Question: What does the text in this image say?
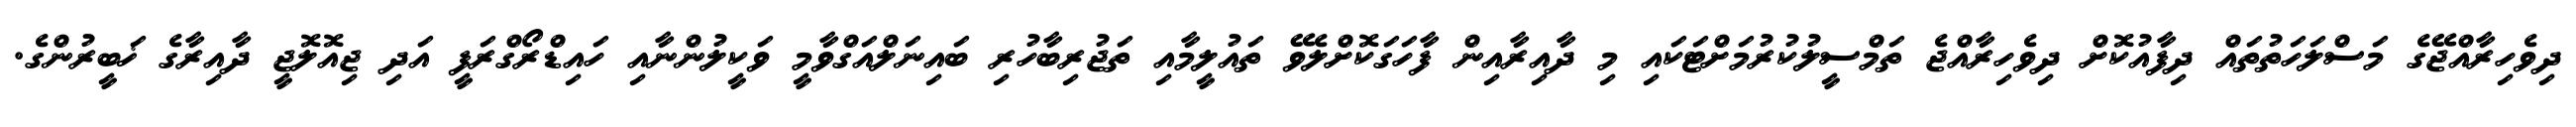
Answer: ދިވެހިރާއްޖޭގެ މަސްލަހަތުތައް ދިފާއުކޮށް ދިވެހިރާއްޖެ ތަމްސީލުކުރުމަށްޓަކައި މި ދާއިރާއިން ފާހަގަކޮށްލެވޭ ތައުލީމާއި ތަޖުރިބާހުރި ބައިނަލްއަގްވާމީ ވަކީލުންނާއި ހައިޑްރޯގްރަފީ އަދި ޖިއޮލޮޖީ ދާއިރާގެ ޚަބީރުންގެ.